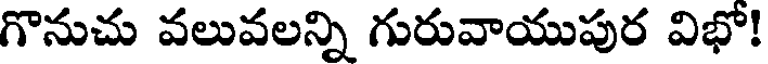
గొనుచు వలువలన్ని గురువాయుపుర విభో!